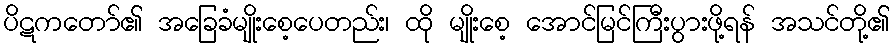
ပိဋကတော်၏ အခြေခံမျိုးစေ့ပေတည်း၊ ထို မျိုးစေ့ အောင်မြင်ကြီးပွားဖို့ရန် အသင်တို့၏